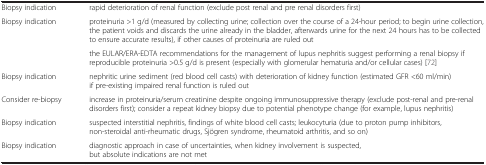
| <COLSPAN=2>  |
 | --- | --- |
 | Biopsy indication | rapid deterioration of renal function (exclude post renal and pre renal disorders first) |
 | <ROWSPAN=2> Biopsy indication | proteinuria >1 g/d (measured by collecting urine; collection over the course of a 24-hour period; to begin urine collection, the patient voids and discards the urine already in the bladder, afterwards urine for the next 24 hours has to be collected to ensure accurate results), if other causes of proteinuria are ruled out |
 | the EULAR/ERA-EDTA recommendations for the management of lupus nephritis suggest performing a renal biopsy if reproducible proteinuria >0.5 g/d is present (especially with glomerular hematuria and/or cellular cases) [72] |
 | Biopsy indication | nephritic urine sediment (red blood cell casts) with deterioration of kidney function (estimated GFR <60 ml/min) if pre-existing impaired renal function is ruled out |
 | Consider re-biopsy | increase in proteinuria/serum creatinine despite ongoing immunosuppressive therapy (exclude post-renal and pre-renal disorders first); consider a repeat kidney biopsy due to potential phenotype change (for example, lupus nephritis) |
 | Biopsy indication | suspected interstitial nephritis, findings of white blood cell casts; leukocyturia (due to proton pump inhibitors, non-steroidal anti-rheumatic drugs, Sjögren syndrome, rheumatoid arthritis, and so on) |
 | Biopsy indication | diagnostic approach in case of uncertainties, when kidney involvement is suspected, but absolute indications are not met |